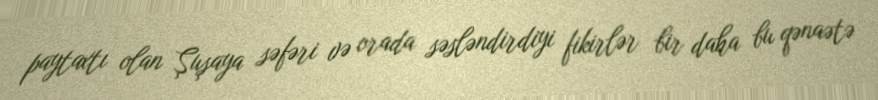
paytaxtı olan Şuşaya səfəri və orada səsləndirdiyi fikirlər bir daha bu qənaətə